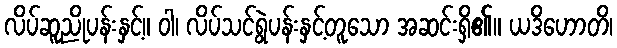
လိပ်ဆူညိုပန်းနှင့်။ ဝါ၊ လိပ်သင်ရွဲပန်းနှင့်တူသော အဆင်းရှိ၏။ ယဒိဟောတိ၊